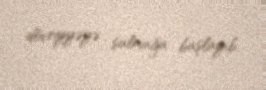
dövriyyəyə salmağa başlayıb.